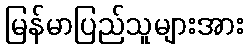
မြန်မာပြည်သူများအား